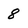
Character: 8